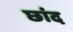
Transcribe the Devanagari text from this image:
छांद